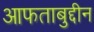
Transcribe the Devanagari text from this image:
आफताबुद्दीन